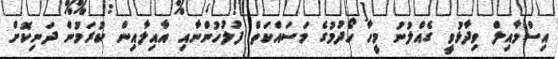
އިސްމާއިލް ވިދާޅުވީ ގެއްލުނު މީހާ ހޯދުމުގެ މަސައްކަތް ފުލުހުންނާއި އާއިލާއިން ކުރަމުން ދަނިކޮށް